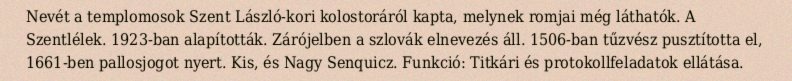
Nevét a templomosok Szent László-kori kolostoráról kapta, melynek romjai még láthatók. A Szentlélek. 1923-ban alapították. Zárójelben a szlovák elnevezés áll. 1506-ban tűzvész pusztította el, 1661-ben pallosjogot nyert. Kis, és Nagy Senquicz. Funkció: Titkári és protokollfeladatok ellátása.